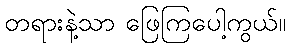
တရားနဲ့သာ ဖြေကြပေါ့ကွယ်။